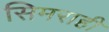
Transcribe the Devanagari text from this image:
सिमराही